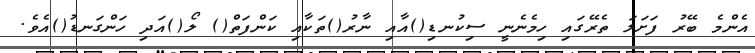
އެންމެ ބޭރު ފަށަލަ ތެރޭގައި ހިމެނެނީ ސިކުނޑި()އާއި ނާރު()ތަކާއި ކަންފަތް() ލޯ()އަދި ހަންގަނޑު()އެވެ.